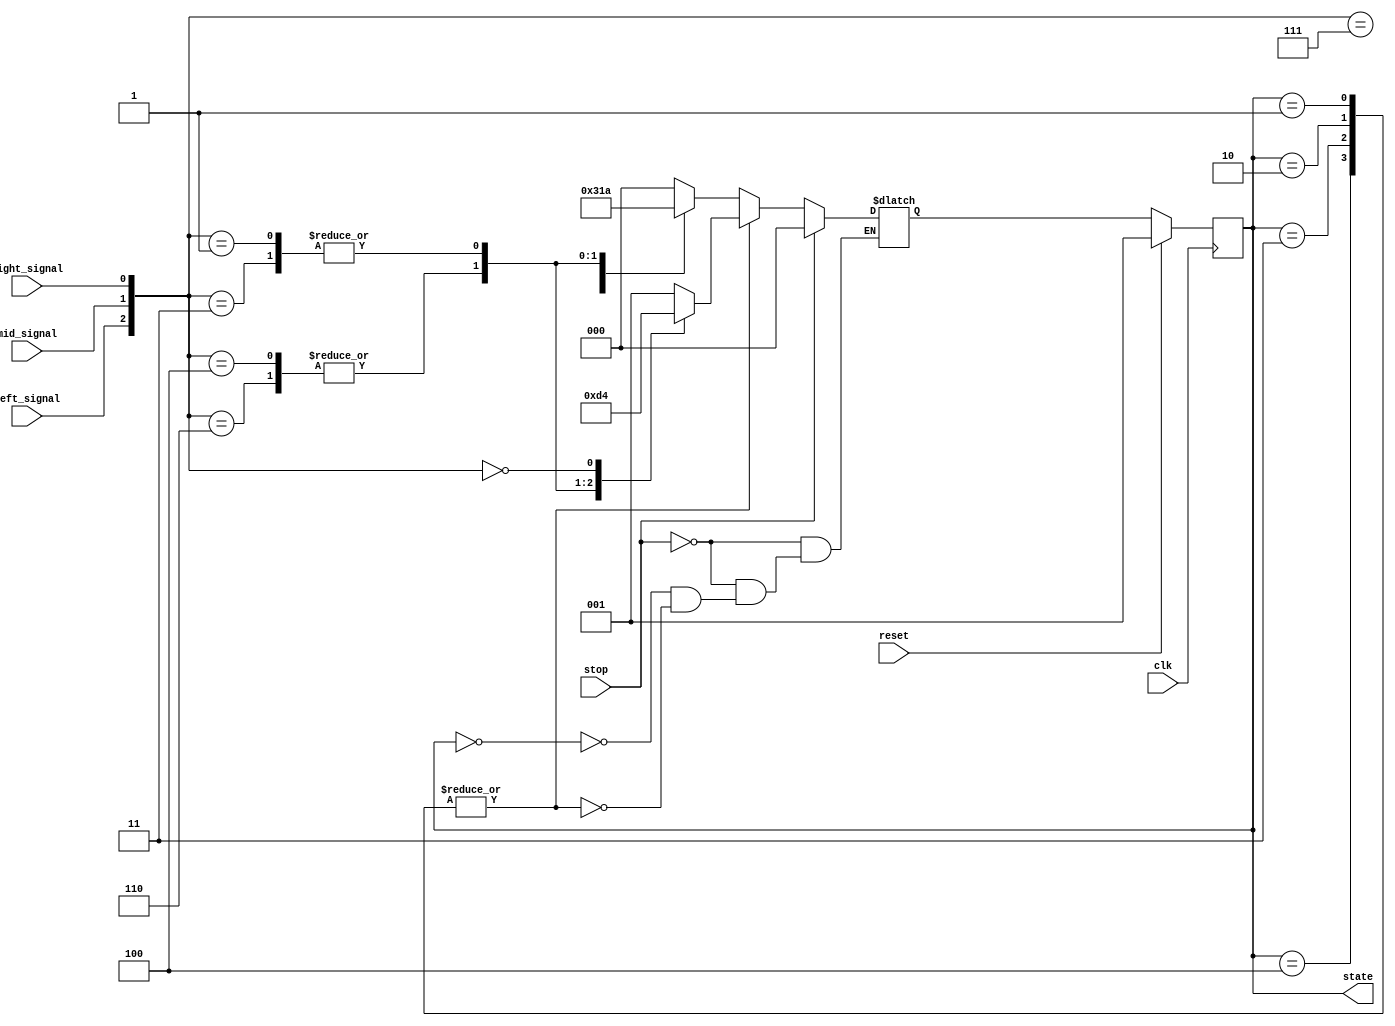
module tracker_sensor(clk, reset, stop, left_signal, right_signal, mid_signal, state);
    input clk;
    input reset;
    input wire stop;
    input left_signal, right_signal, mid_signal;
    output reg [2:0] state;
    reg [2:0] next_state;

    wire [2:0] signal = {left_signal, mid_signal, right_signal};
    parameter Stop = 3'b000;
    parameter Forward = 3'b001;
    parameter Right = 3'b010;
    parameter Left = 3'b011;
    parameter Backward = 3'b100;

    // [TO-DO] Receive three signals and make your own policy.
    // Hint: You can use output state to change your action.
    always @(posedge clk) begin
        if(reset == 1'b1)
            state <= Forward;
        else begin
            state <= next_state;
        end
    end
    always @(*) begin
        if (stop == 1) begin
            next_state = Stop;
        end
        else begin
            case (state)
                Stop:begin
                    case(signal)
                        3'd111 :
                            next_state = Forward;
                        3'd000 :
                            next_state = Backward;
                        3'd100, 3'd110:
                            next_state = Left;
                        3'd001, 3'd011:
                            next_state = Right;
                        default :
                            next_state = Stop;
                    endcase
                end 
                Forward, Right, Left, Backward:begin
                    case(signal)
                        3'd100, 3'd110:
                            next_state = Left;
                        3'd001, 3'd011:
                            next_state = Right;
                        3'd000:
                            next_state = Backward;
                        default:
                            next_state = Forward;
                    endcase
                end
            endcase 
        end
    end

endmodule